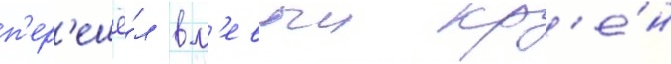
п'ер'ешё́л в л'евыи кр'е́н